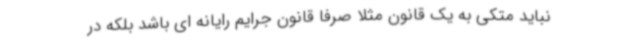
نباید متکی به یک قانون مثلا صرفا قانون جرایم رایانه ای باشد بلکه در